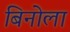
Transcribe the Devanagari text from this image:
बिनोला